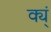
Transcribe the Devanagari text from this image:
क्य्ं